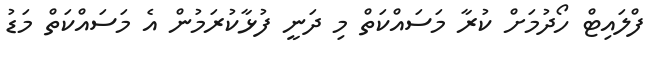
ފްލައިޓް ހޯދުމަށް ކުރާ މަސައްކަތް މި ދަނީ ފުޅާކުރަމުން އެ މަސައްކަތް މަޑު